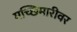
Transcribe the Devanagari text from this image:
मच्छिमारीवर